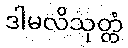
ဒါမလိသုတ္တံ